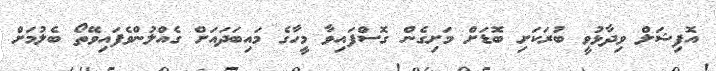
އޮފިޝަލް ވިދާޅުވީ ބުރަކަށި ބޮޑަށް މަށިގެން ގޮސްފައިވާ މީހާގެ މައިބަދައަށް ގެއްލުންވެފައިވޭތޯ ބެލުމަށް